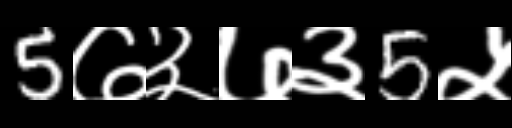
Text: 5७३७३5५